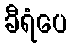
ခီရံပေ